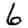
Digit: 6